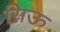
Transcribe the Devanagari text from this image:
सिऊ